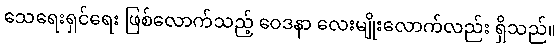
သေရေးရှင်ရေး ဖြစ်လောက်သည့် ဝေဒနာ လေးမျိုးလောက်လည်း ရှိသည်။